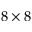
8 \times 8